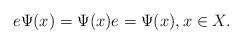
LaTeX: \begin{align*}e\Psi(x)=\Psi(x)e=\Psi(x),x\in X.\end{align*}